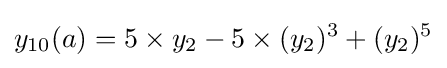
y_{10}(a)=5\times y_{2}-5\times (y_{2})^{3}+(y_{2})^{5}